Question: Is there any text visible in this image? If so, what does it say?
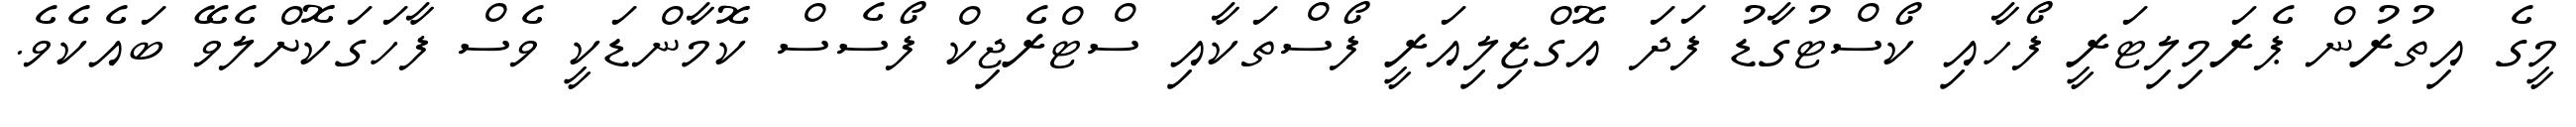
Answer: މީގެ އިތުރުން ޕެރަމިލިޓަރީ ފޯހާއި ކޯސްޓުގާޑު ފަދަ އޮގްޒިލިއަރީ ފޯސްތަކާއި ސްޓްރެޖިކް ފޯސެސް ކޮމާންޑަކީ ވެސް ފާހަގަކޮށްލެވޭ ބައެކެވެ.